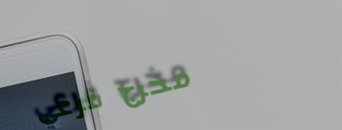
مخرج فرعي